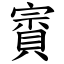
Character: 賨